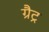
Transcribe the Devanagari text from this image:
ग्रैट्र